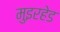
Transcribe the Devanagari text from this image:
मुइरहेड